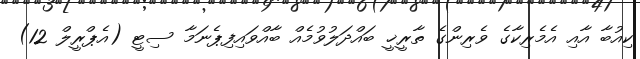
ކިއުބާ އާއި އެމެރިކާގެ ވެރިންގެ ތާރީޚީ ބައްދަލުވުމެއް ބާއްވައިފިޕެނަމާ ސިޓީ (އެޕްރީލް 12)